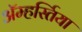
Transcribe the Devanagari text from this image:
ॲम्हर्स्तिया